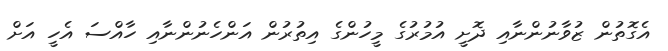
އެގޮތުން ޒުވާނުންނާއި ދޮށީ އުމުރުގެ މީހުންގެ އިތުރުން އަންހެނުންނާއި ހާއްސަ އެހީ އަށް